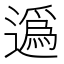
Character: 𨖿